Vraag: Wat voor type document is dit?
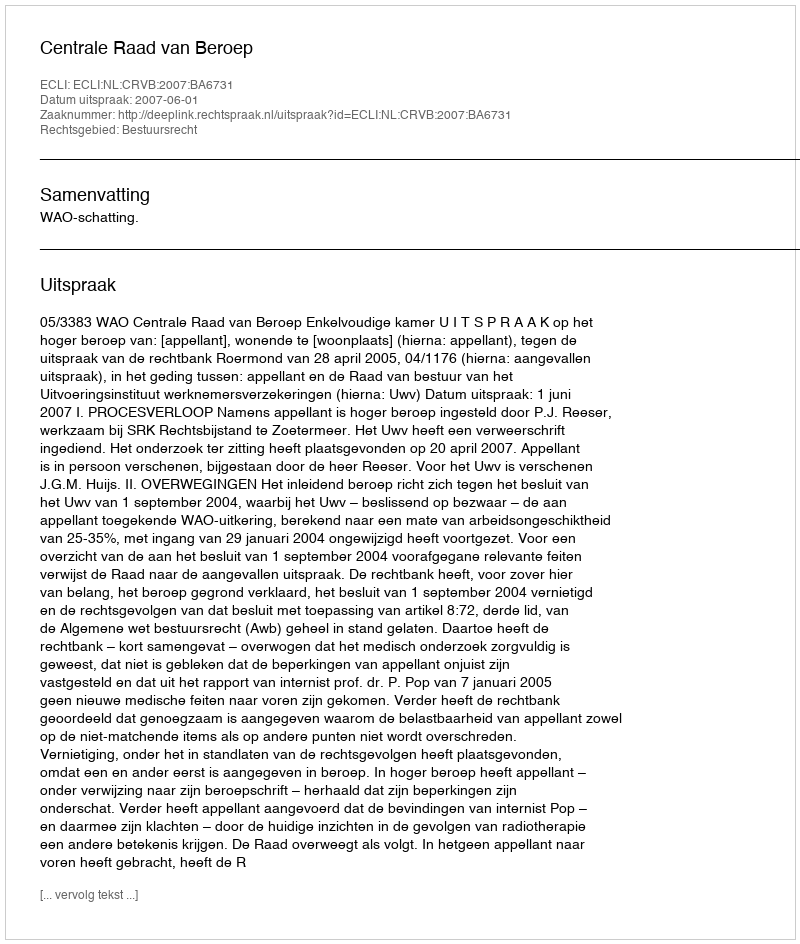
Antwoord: Uitspraak